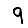
Digit: 9